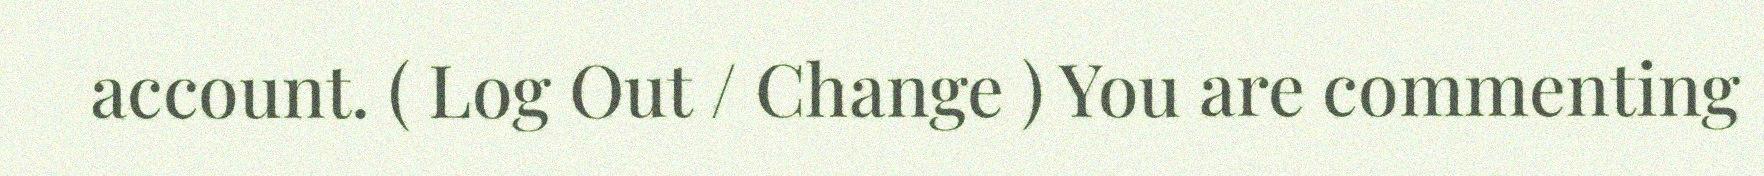
account. ( Log Out / Change ) You are commenting